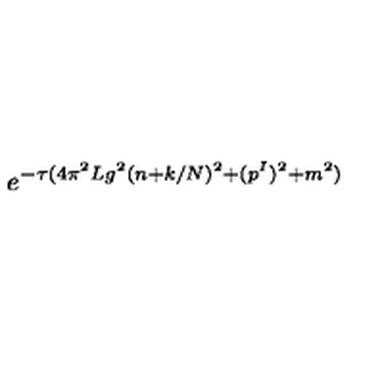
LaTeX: e ^ { - \tau ( 4 \pi ^ { 2 } L g ^ { 2 } ( n + k / N ) ^ { 2 } + ( p ^ { I } ) ^ { 2 } + m ^ { 2 } ) }